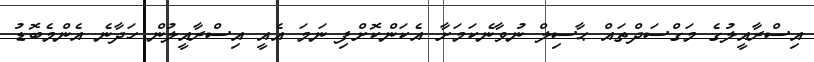
އިސްރާއީލުގެ މަގްސަދްތައް ޙާސިލް ނުވާނެކަމަށާ އެކަންކޮށްފި ނަމަ އެއީ އިސްރާއީލުން ހަދާނެ އެންމެބޮޑު